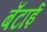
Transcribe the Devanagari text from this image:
बँटाई